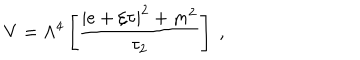
LaTeX: V = \Lambda ^ { 4 } \left[ { \frac { | e + \xi \tau | ^ { 2 } + m ^ { 2 } } { \tau _ { 2 } } } \right] \ ,